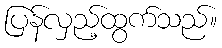
ပြန်လှည့်ထွက်သည်။